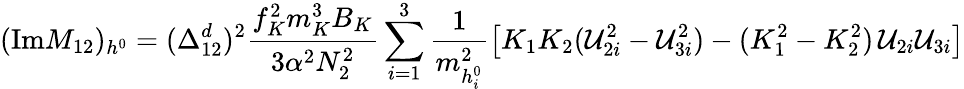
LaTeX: (\mathrm{Im}M_{12})_{h^{0}}=(\Delta_{12}^{d})^{2}\frac{f_{K}^{2}m_{K}^{3}B_{K}}{3\alpha^{2}N_{2}^{2}}\sum_{i=1}^{3}\frac{1}{m_{h_{i}^{0}}^{2}}\left[K_{1}K_{2}({\cal U}_{2i}^{2}-{\cal U}_{3i}^{2})-(K_{1}^{2}-K_{2}^{2})\, {\cal U}_{2i}{\cal U}_{3i}\right]